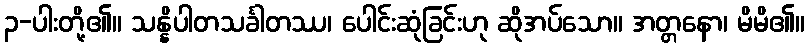
၃-ပါးတို့၏။ သန္နိပါတသင်္ခါတဿ၊ ပေါင်းဆုံခြင်းဟု ဆိုအပ်သော။ အတ္တနော၊ မိမိ၏။